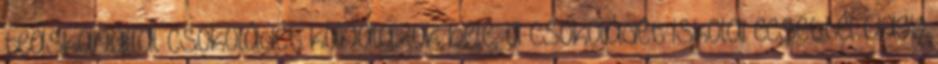
teáskanállal csokoládét kanalazok bele, a csokoládét iskolai ecsettel vagy